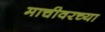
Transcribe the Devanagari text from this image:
माचीवरच्या